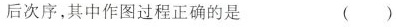
后次序，其中作图过程正确的是 ( )